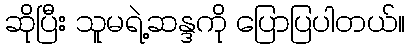
ဆိုပြီး သူမရဲ့ဆန္ဒကို ပြောပြပါတယ်။